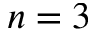
n = 3